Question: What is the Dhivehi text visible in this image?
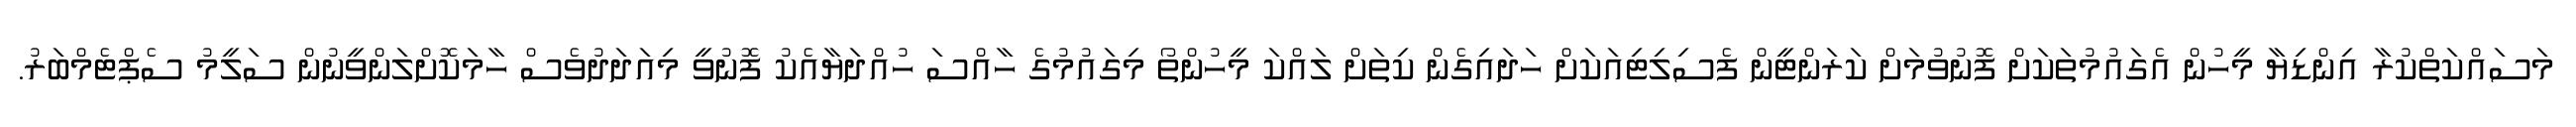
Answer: މަސައްކަތްކުރާ އިންޑިޔާ މީހުން އެގައުމުތަކަށް ފޮނުވުމަށް ކަރަންޓީން ފެސިލިޓިއަކަށް ހަދައިގެން ކިތަށް ލައްކަ މީހުންތޯ މިގައުމުގެ ހާއްސަ ހުއްދަޔާއެކު ފޮނުވީ މިއަދަދުވެސް ހާމަކޮށްލަންވީނުން ސަލީމު ސެޕްޓެމްބަރު.